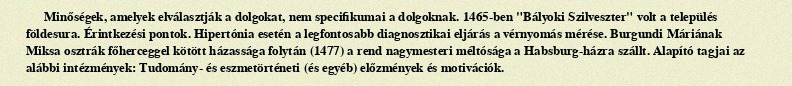
Minőségek, amelyek elválasztják a dolgokat, nem specifikumai a dolgoknak. 1465-ben "Bályoki Szilveszter" volt a település földesura. Érintkezési pontok. Hipertónia esetén a legfontosabb diagnosztikai eljárás a vérnyomás mérése. Burgundi Máriának Miksa osztrák főherceggel kötött házassága folytán (1477) a rend nagymesteri méltósága a Habsburg-házra szállt. Alapító tagjai az alábbi intézmények: Tudomány- és eszmetörténeti (és egyéb) előzmények és motivációk.